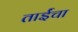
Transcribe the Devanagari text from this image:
ताईंचा